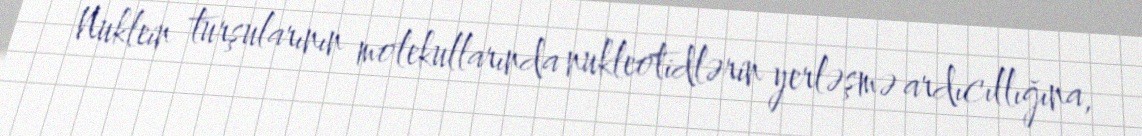
Nuklein turşularının molekullarında nukleotidlərin yerləşmə ardıcıllığına,